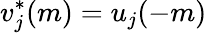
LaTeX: v_{j}^{*}(m)=u_{j}(-m)